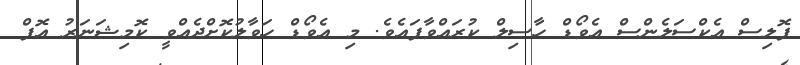
ޕޮލިސް އެކްސަލެންސް އެވޯޑް ހާސިލް ކުރައްވާފައެވެ. މި އެވޯޑް ހަވާލުކޮށްދެއްވީ ކޮމިޝަނަރު އޮފް